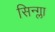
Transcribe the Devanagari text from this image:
सिन्ग्ला